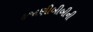
હજાણીબીબીની